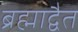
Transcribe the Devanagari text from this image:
ब्रह्माद्वैत